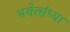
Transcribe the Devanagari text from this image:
भवेत्संध्या